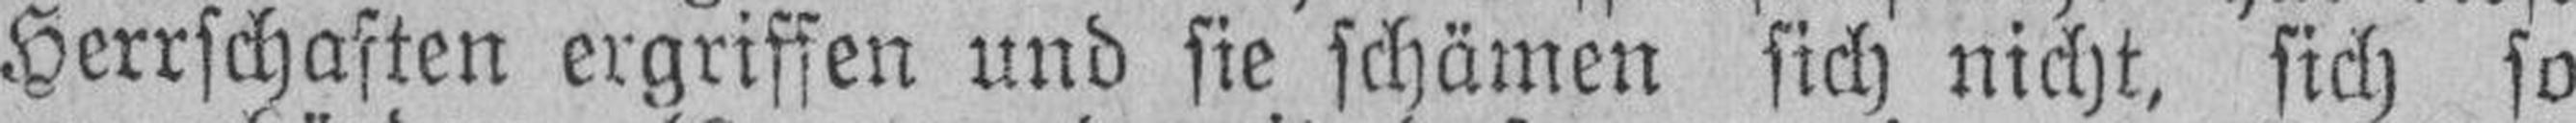
Herrschaften ergriffen und sie schämen sich nicht, sich so